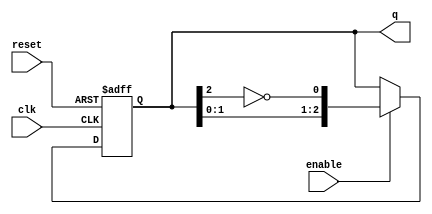
module johnson_counter #(
    parameter N = 3  // Number of stages (flip-flops)
)(
    input wire clk,       // Clock signal
    input wire reset,     // Asynchronous reset signal
    input wire enable,    // Enable signal
    output reg [N-1:0] q // Output state of the counter
);

    // Always block triggered on the rising edge of the clock or reset
    always @(posedge clk or posedge reset) begin
        if (reset) begin
            q <= 0; // Reset the counter to 0
        end else if (enable) begin
            // Johnson counter logic
            q <= {q[N-2:0], ~q[N-1]}; // Shift left and feedback inverted last bit
        end
    end

endmodule